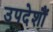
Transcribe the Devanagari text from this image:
उपदेशौं